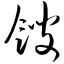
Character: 馊